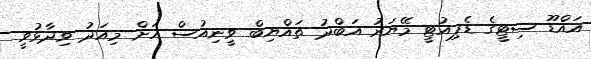
އައްޑޫ ސިޓީގެ ޑެޕިއުޓީ މޭޔަރު އަބްދު ތައްޔިބް ވީނިއުސް އަށް މިއަދު ވިދާޅުވީ